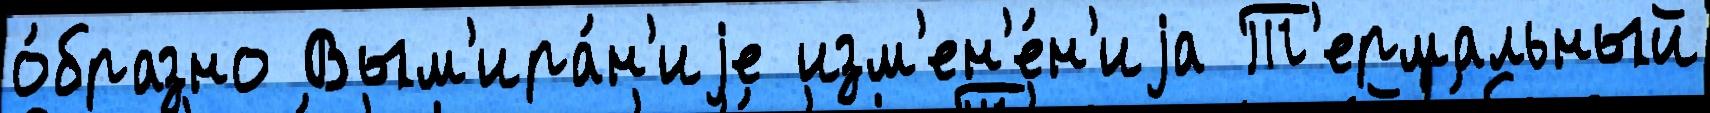
о́бразно Вым'ира́н'иjе изм'ен'е́н'иjа Т'ермальный